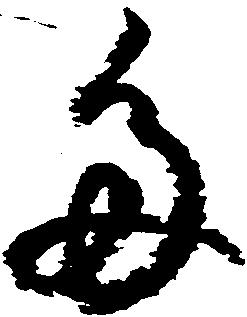
多